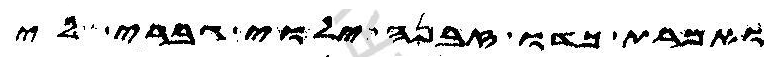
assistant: ואמרת כדו זבנה ילוי גברי לי